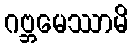
ဂဗ္ဘမေဿာမိ